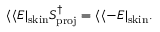
\langle \langle E | _ { \mathrm { s k i n } } S _ { \mathrm { p r o j } } ^ { \dag } = \langle \langle - E | _ { \mathrm { s k i n } } .